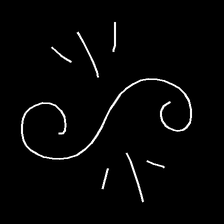
Glyph: wind-directs-air